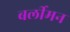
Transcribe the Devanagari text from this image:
बर्लीमन